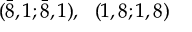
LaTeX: ( { \bar { 8 } } , 1 ; { \bar { 8 } } , 1 ) , ~ ~ ( 1 , 8 ; 1 , 8 )